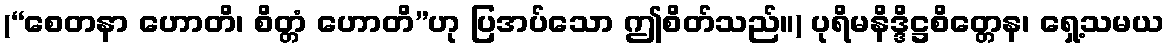
(“စေတနာ ဟောတိ၊ စိတ္တံ ဟောတိ”ဟု ပြအပ်သော ဤစိတ်သည်။) ပုရိမနိဒ္ဒိဋ္ဌစိတ္တေန၊ ရှေ့သမယ